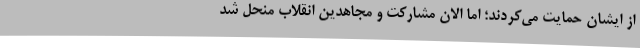
از ایشان حمایت می‌کردند؛ اما الان مشارکت و مجاهدین انقلاب منحل شد